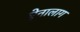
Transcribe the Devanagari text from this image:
ऐनालाग